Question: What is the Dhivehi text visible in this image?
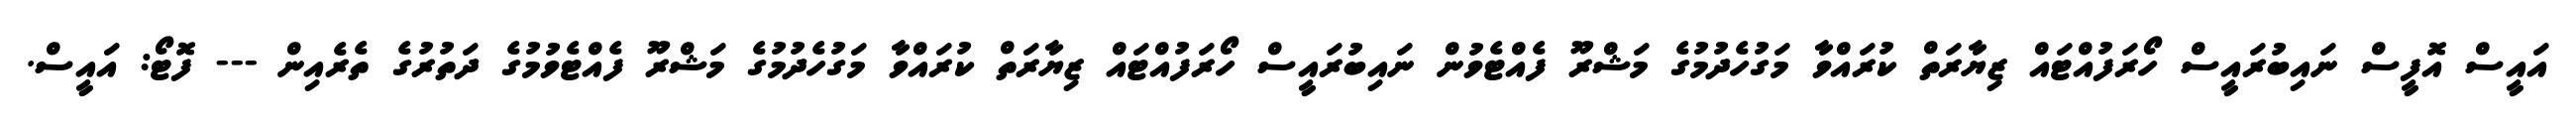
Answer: އައީސް އޮފީސް ނައިބުރައީސް ހޯރަފުއްޓައް ޒިޔާރަތް ކުރައްވާ މަގުހެދުމުގެ މަޝްރޫ ފެއްޓެވުން ނައިބުރައީސް ހޯރަފުއްޓައް ޒިޔާރަތް ކުރައްވާ މަގުހެދުމުގެ މަޝްރޫ ފެއްޓެވުމުގެ ދަތުރުގެ ތެރެއިން --- ފޮޓޯ: އައީސް.